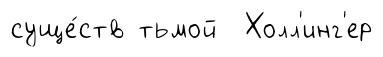
суще́ств тьмой Холл'инг'ер